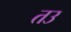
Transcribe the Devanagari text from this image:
तउ